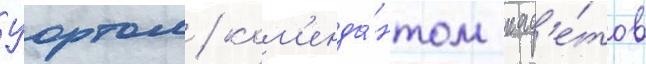
Уортом / ком'енда́нтом кад'е́тов